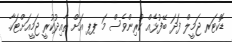
ޑޮކްޓަރ ޖަމީލް ފަދަ ބޭފުޅެއް ކުރިންވެސް މަ ޕޕ އަށް ތާއިދުކުރީ ޖަމީއަށްޓަކާ.